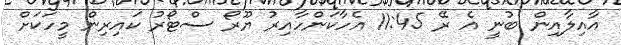
އާއިލާއިން ބުނީ އެ ރޭ 11:45 އެހާކަންހާއިރު ޔޫރޯ ސްޓޯރު ކައިރިން މީހަކަށް